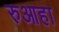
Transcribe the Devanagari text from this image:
रुआहा